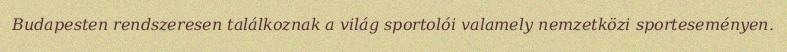
Budapesten rendszeresen találkoznak a világ sportolói valamely nemzetközi sporteseményen.